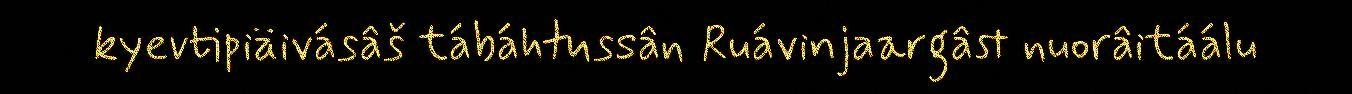
kyevtipiäivásâš tábáhtussân Ruávinjaargâst nuorâitáálu